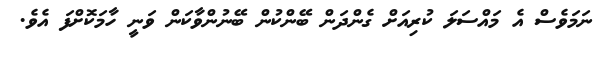
ނަމަވެސް އެ މައްސަލަ ކުރިއަށް ގެންދަން ބޭންކުން ބޭނުންވާކަން ވަނީ ހާމަކޮށްފަ އެވެ.